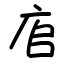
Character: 㢂